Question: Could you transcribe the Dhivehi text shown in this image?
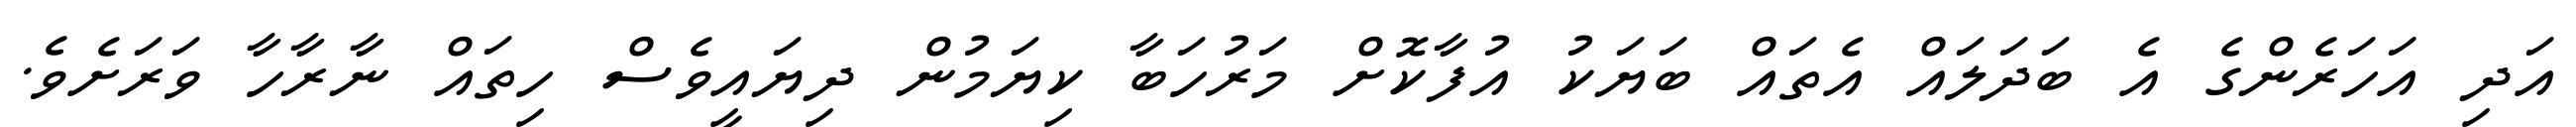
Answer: އަދި އަހަރެންގެ އެ ބަދަލައް އެތައް ބަޔަކު އުފާކޮށް މަރުހަބާ ކިޔަމުން ދިޔައީވެސް ހިތައް ނާރާހާ ވަރަށެވެ.